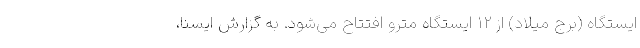
ایستگاه (برج میلاد) از ۱۲ ایستگاه مترو افتتاح می‌شود. به گزارش ایسنا،